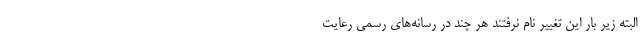
البته زیر بار این تغییر نام نرفتند هر چند در رسانه‌های رسمی رعایت